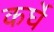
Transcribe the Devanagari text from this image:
कर्घे